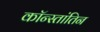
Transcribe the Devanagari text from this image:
कॉन्स्तांतिन